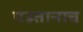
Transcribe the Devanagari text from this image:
पडतानाच